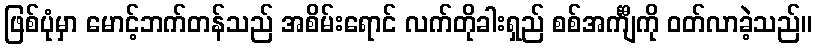
ဖြစ်ပုံမှာ မောင့်ဘက်တန်သည် အစိမ်းရောင် လက်တိုခါးရှည် စစ်အင်္ကျီကို ဝတ်လာခဲ့သည်။